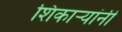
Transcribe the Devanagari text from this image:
शिकाऱ्यांनी